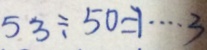
5 3 \div 5 0 = 1 \cdots 3